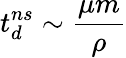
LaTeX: t_{d}^{ns}\sim\frac{\mu m}{\rho}